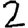
Digit: 2